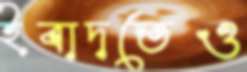
ইবাদতেও